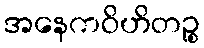
အနေကဝိဟိတဉ္စ